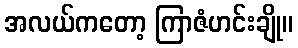
အလယ်ကတော့ ကြာဇံဟင်းချို။